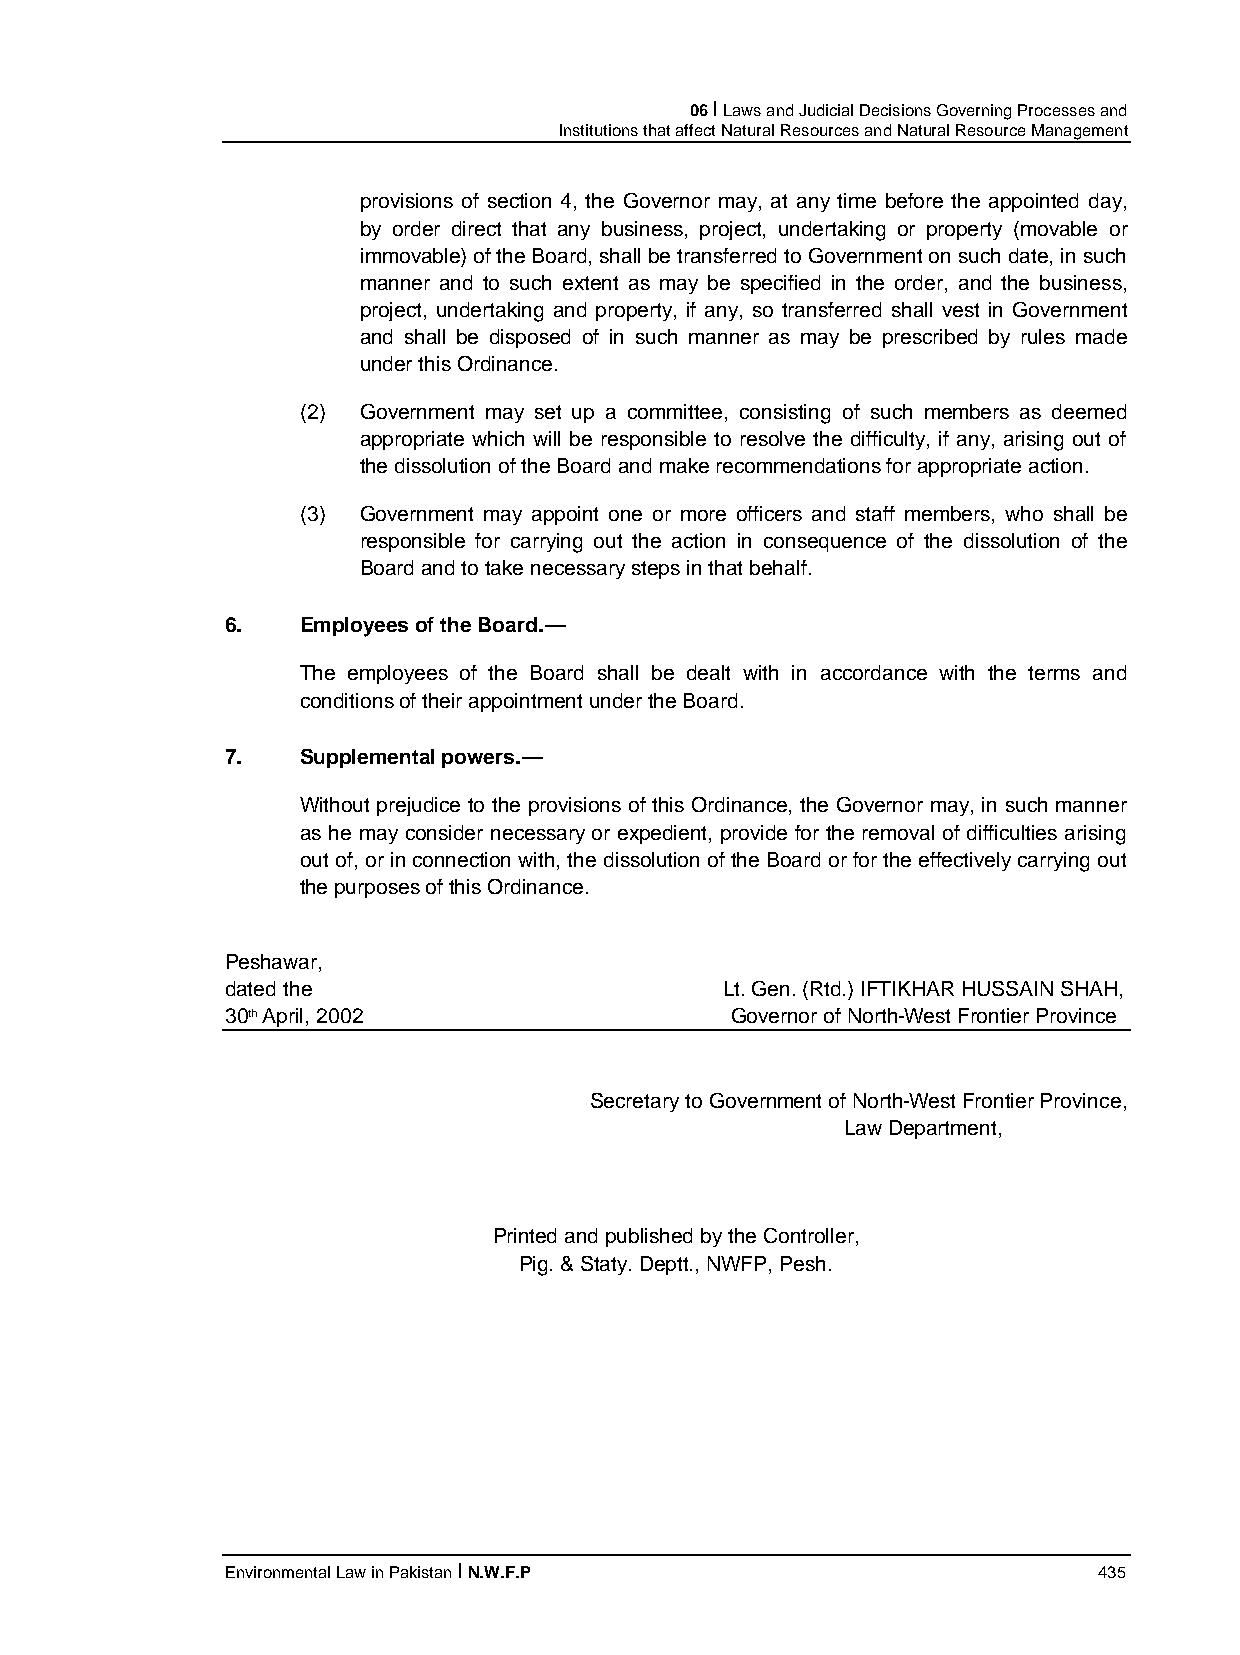
06 I Laws and Judicial Decisions Governing Processes and
 Institutions that affect Natural Resources and Natural Resource Management
 provisions of section 4, the Governor may, at any time before the appointed day,
 by order direct that any business, project, undertaking or property (movable or
 immovable) of the Board, shall be transferred to Government on such date, in such
 manner and to such extent as may be specified in the order, and the business,
 project, undertaking and property, if any, so transferred shall vest in Government
 and shall be disposed of in such manner as may be prescribed by rules made
 under this Ordinance.
 (2) Government may set up a committee, consisting of such members as deemed
 appropriate which will be responsible to resolve the difficulty, if any, arising out of
 the dissolution of the Board and make recommendations for appropriate action.
 (3) Government may appoint one or more officers and staff members, who shall be
 responsible for carrying out the action in consequence of the dissolution of the
 Board and to take necessary steps in that behalf.
 6.   Employees of the Board.—
 The employees of the Board shall be dealt with in accordance with the terms and
 conditions of their appointment under the Board.
 7.   Supplemental powers.—
 Without prejudice to the provisions of this Ordinance, the Governor may, in such manner
 as he may consider necessary or expedient, provide for the removal of difficulties arising
 out of, or in connection with, the dissolution of the Board or for the effectively carrying out
 the purposes of this Ordinance.
 Peshawar,
 dated the                        Lt. Gen. (Rtd.) IFTIKHAR HUSSAIN SHAH,
 30th April, 2002                 Governor of North-West Frontier Province
 Secretary to Government of North-West Frontier Province,
 Law Department,
 Printed and published by the Controller,
 Pig. & Staty. Deptt., NWFP, Pesh.
 Environmental Law in Pakistan I N.W.F.P                   435